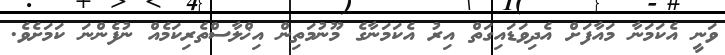
ވަނީ އެކަމަނާ މައާފަށް އެދިވަޑައިގަތް އިރު އެކަމަނާގެ މޫނުމަތިން އިޚްލާސްތެރިކަމެއް ނުފެންނަ ކަމަށެވެ.